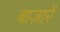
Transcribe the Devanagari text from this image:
बाज़ारें